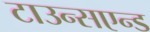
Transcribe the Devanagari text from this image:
टाउन्सएन्ड